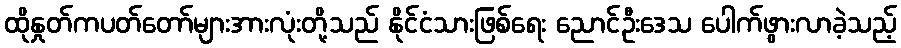
ထိုနှုတ်ကပတ်တော်များအားလုံးတို့သည် နိုင်ငံသားဖြစ်ရေး ညောင်ဦးဒေသ ပေါက်ဖွားလာခဲ့သည့်